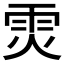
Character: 𮦉